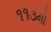
૧૧૩મો